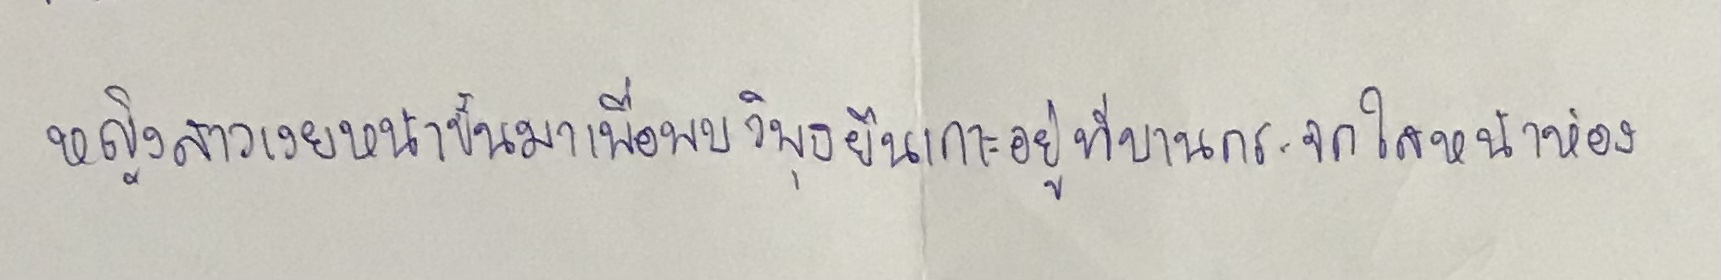
หญิงสาวเงยหน้าขึ้นมาเพื่อพบวิพุธยืนเกาะอยู่ที่บานกระจกใสหน้าห้อง